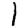
Digit: 1